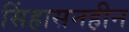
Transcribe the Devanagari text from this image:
सिंहासनहीन